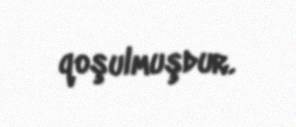
qoşulmuşdur.